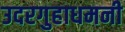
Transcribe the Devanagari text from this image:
उदरगुहाधमनी